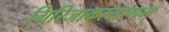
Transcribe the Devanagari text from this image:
गिरिजाकल्याणम्